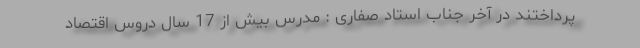
پرداختند در آخر جناب استاد صفاری : مدرس بیش از 17 سال دروس اقتصاد